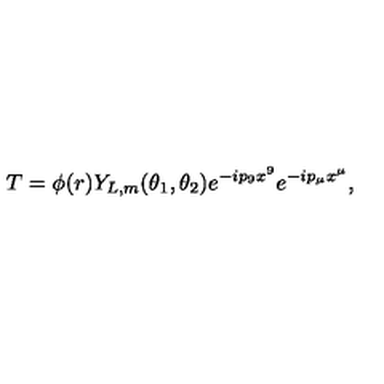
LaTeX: T = \phi ( r ) Y _ { L , m } ( \theta _ { 1 } , \theta _ { 2 } ) e ^ { - i p _ { 9 } x ^ { 9 } } e ^ { - i p _ { \mu } x ^ { \mu } } ,